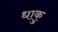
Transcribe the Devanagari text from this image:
धाकु